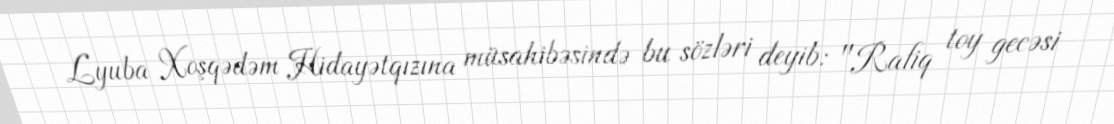
Lyuba Xoşqədəm Hidayətqızına müsahibəsində bu sözləri deyib: "Rafiq toy gecəsi